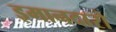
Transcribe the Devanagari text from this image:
इमानदारो